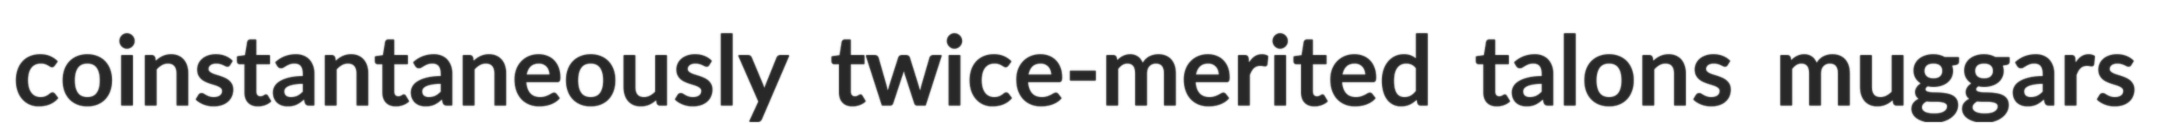
coinstantaneously twice-merited talons muggars